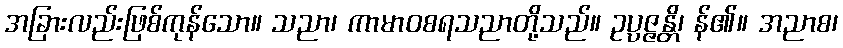
အခြားလည်းဖြစ်ကုန်သော။ သညာ၊ ကာမာဝစရသညာတို့သည်။ ဥပ္ပဇ္ဇန္တိ၊ န်၏။ အညာစ၊